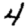
Digit: 4